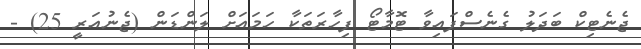
ޖެނެޓިކް ބަދަލު ގެނެސްފައިވާ ޓޮމާޓޯ ފިހާރަތަކާ ހަމައަށް ލަންޑަން (ޖެނުއަރީ 25) -